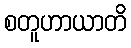
စတူဟာယာတိ